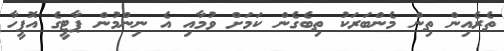
ތެރެއިން ތިން މެންބަރަކު ތިބެގެން ކަމަށް ވުމާއި އެ ނިންމުން ޕާޓީގެ އޮފީހާ